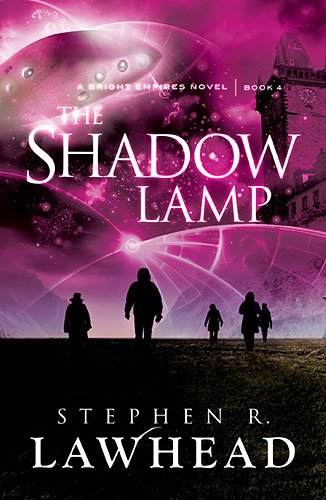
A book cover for The Shadow Lamp (Bright Empires); Stephen Lawhead; Christian Books & Bibles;